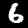
Digit: 6